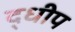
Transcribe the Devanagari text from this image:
द्धीप